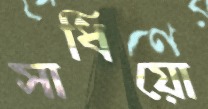
সাধিয়ো